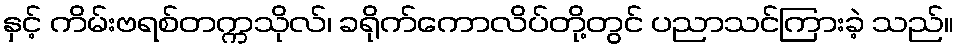
နှင့် ကိမ်းဗရစ်တက္ကသိုလ်၊ ခရိုက်ကောလိပ်တို့တွင် ပညာသင်ကြားခဲ့ သည်။